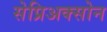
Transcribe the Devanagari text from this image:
सेप्रिअक्सोन